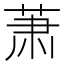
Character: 萧